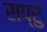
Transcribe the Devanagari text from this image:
सप्रु